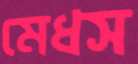
মেধস